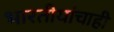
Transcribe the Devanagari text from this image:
भारतीयांचाही